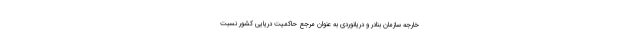
خارجه سازمان بنادر و دریانوردی به عنوان مرجع حاکمیت دریایی کشور نسبت